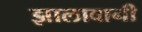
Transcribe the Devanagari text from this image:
झालावानी